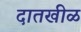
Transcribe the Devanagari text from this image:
दातखीळ